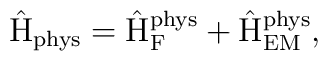
\hat{\rm H}_{\rm phys} = \hat{\rm H}_{\rm F}^{\rm phys} +\hat{\rm H}_{\rm EM}^{\rm phys},